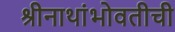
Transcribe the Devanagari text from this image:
श्रीनाथांभोवतीची